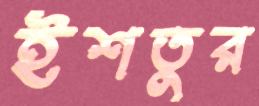
ইশতুর